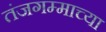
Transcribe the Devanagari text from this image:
तंजगम्माच्या